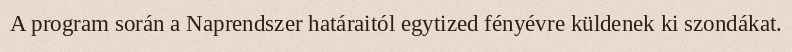
A program során a Naprendszer határaitól egytized fényévre küldenek ki szondákat.